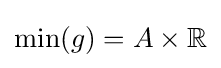
\min(g)=A\times \mathbb {R}